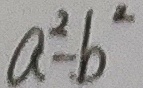
a ^ { 2 } - b ^ { 2 }